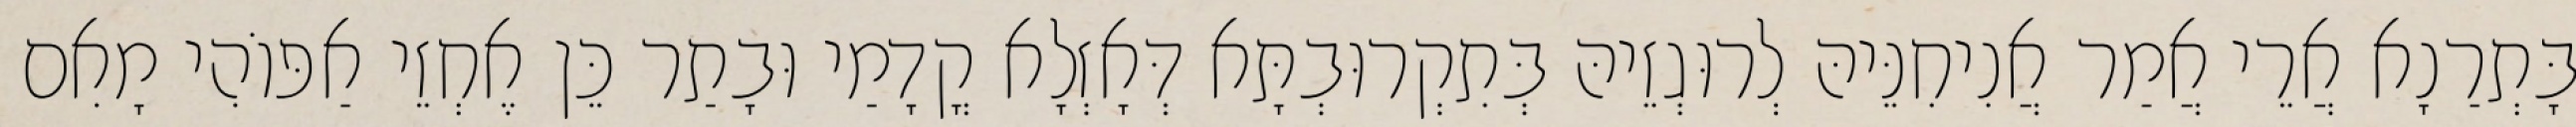
בָּתְרַנָא אֲרֵי אֲמַר אֲנִיחִנֵּיהּ לְרוּגְזֵיהּ בְּתִקְרוּבְתָּא דְּאָזְלָא קֳדָמַי וּבָתַר כֵּן אֶחְזֵי אַפּוֹהִי מָאִם